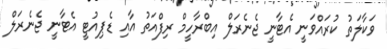
ވަކާލަތު ކުރައްވަނީ އެޓާނީ ޖެނެރަލް އިބްރާހީމް ރިފްއަތު އާއި ޑެޕިއުޓީ އެޓާނީ ޖެނެރަލް